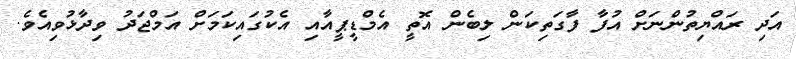
އަދި ރައްޔިތުންނަށް އުފާ ފާގަތިކަން ލިބެން އޮތީ އެމްޑީޕީއާއި އެކުގައިކަމަށް އަމްޖަދު ވިދާޅުވިއެވެ.